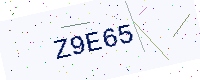
Text: Z9E65